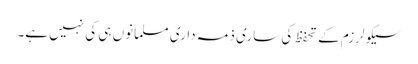
سیکولرزم کے تحفظ کی ساری ذمہ داری مسلمانوں ہی کی نہیں ہے۔